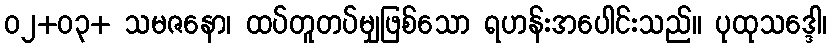
၀၂+၀၃+ သမဇနော၊ ထပ်တူတပ်မျှဖြစ်သော ရဟန်းအပေါင်းသည်။ ပုထုသဒ္ဒေါ၊